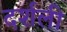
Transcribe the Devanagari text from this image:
दर्शली